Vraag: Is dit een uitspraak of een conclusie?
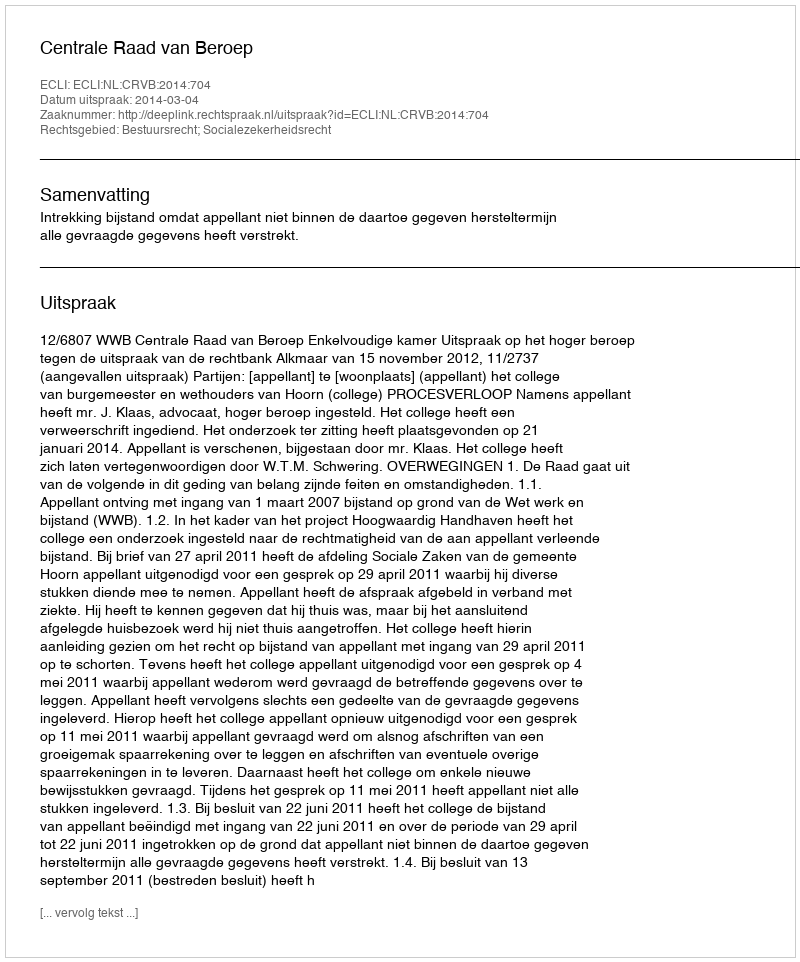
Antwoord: Uitspraak